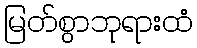
မြတ်စွာဘုရားထံ